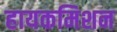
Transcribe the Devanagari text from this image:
हायकमिशन